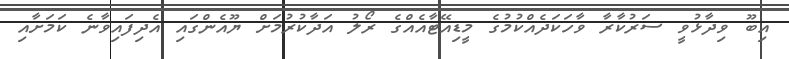
އިބޫ ވިދާޅުވީ ސަރުކާރާ ވާހަކަދެއްކުމުގެ މީޑިއޭޓާއެއްގެ ރޯލު އަދާކުރުމަށް ޔޫއެންގައި އެދިފައިވާނެ ކަމަށާއި